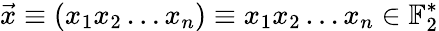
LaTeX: \vec{x}\equiv(x_{1}x_{2}\dots x_{n})\equiv x_{1}x_{2}\dots x_{n}\in\mathbb{F}_{2}^{*}